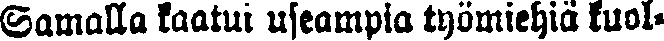
Samalla kaatui useampia työmiehiä kuol-